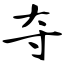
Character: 夺